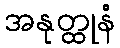
အနုတ္ထုနံ